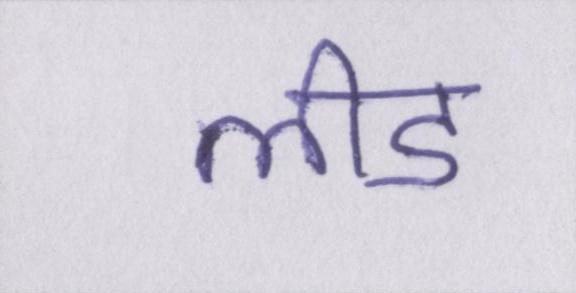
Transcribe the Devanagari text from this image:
लीड